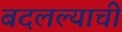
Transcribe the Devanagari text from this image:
बदलल्याची